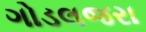
ગોડલજરા